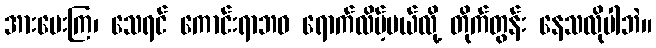
အားပေးကြ၊ သေရင် ကောင်းရာဘဝ ရောက်လိမ့်မယ်လို့ တိုက်တွန်း နေသလိုပါဘဲ။